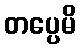
တပ္ပေမိ